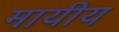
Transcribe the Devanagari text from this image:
मायीय